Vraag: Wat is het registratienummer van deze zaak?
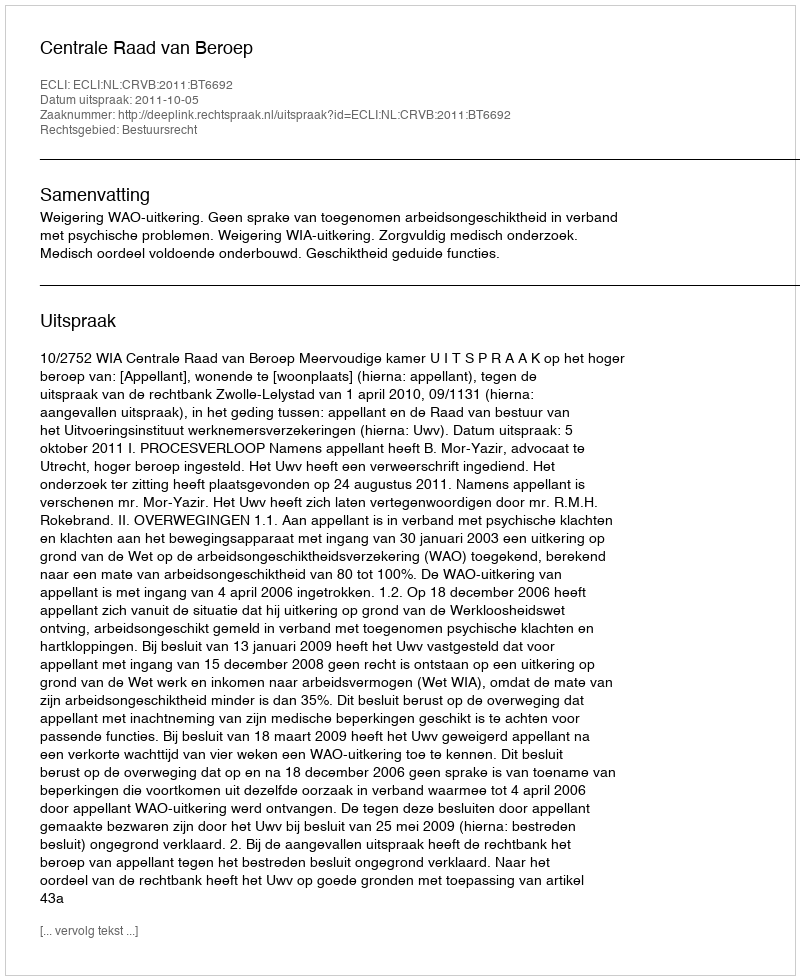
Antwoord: http://deeplink.rechtspraak.nl/uitspraak?id=ECLI:NL:CRVB:2011:BT6692